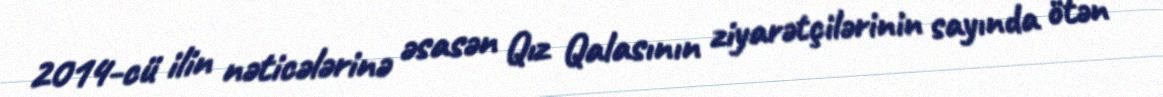
2014-cü ilin nəticələrinə əsasən Qız Qalasının ziyarətçilərinin sayında ötən